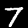
Label: 7